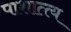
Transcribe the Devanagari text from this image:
पाशात्त्य